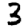
Digit: 3